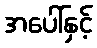
အပေါ်နှင့်